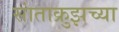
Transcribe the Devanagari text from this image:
सांताक्रुझच्या